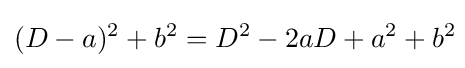
(D-a)^{2}+b^{2}=D^{2}-2aD+a^{2}+b^{2}\!